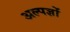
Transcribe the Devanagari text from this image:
अल्पज्ञों